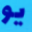
يو